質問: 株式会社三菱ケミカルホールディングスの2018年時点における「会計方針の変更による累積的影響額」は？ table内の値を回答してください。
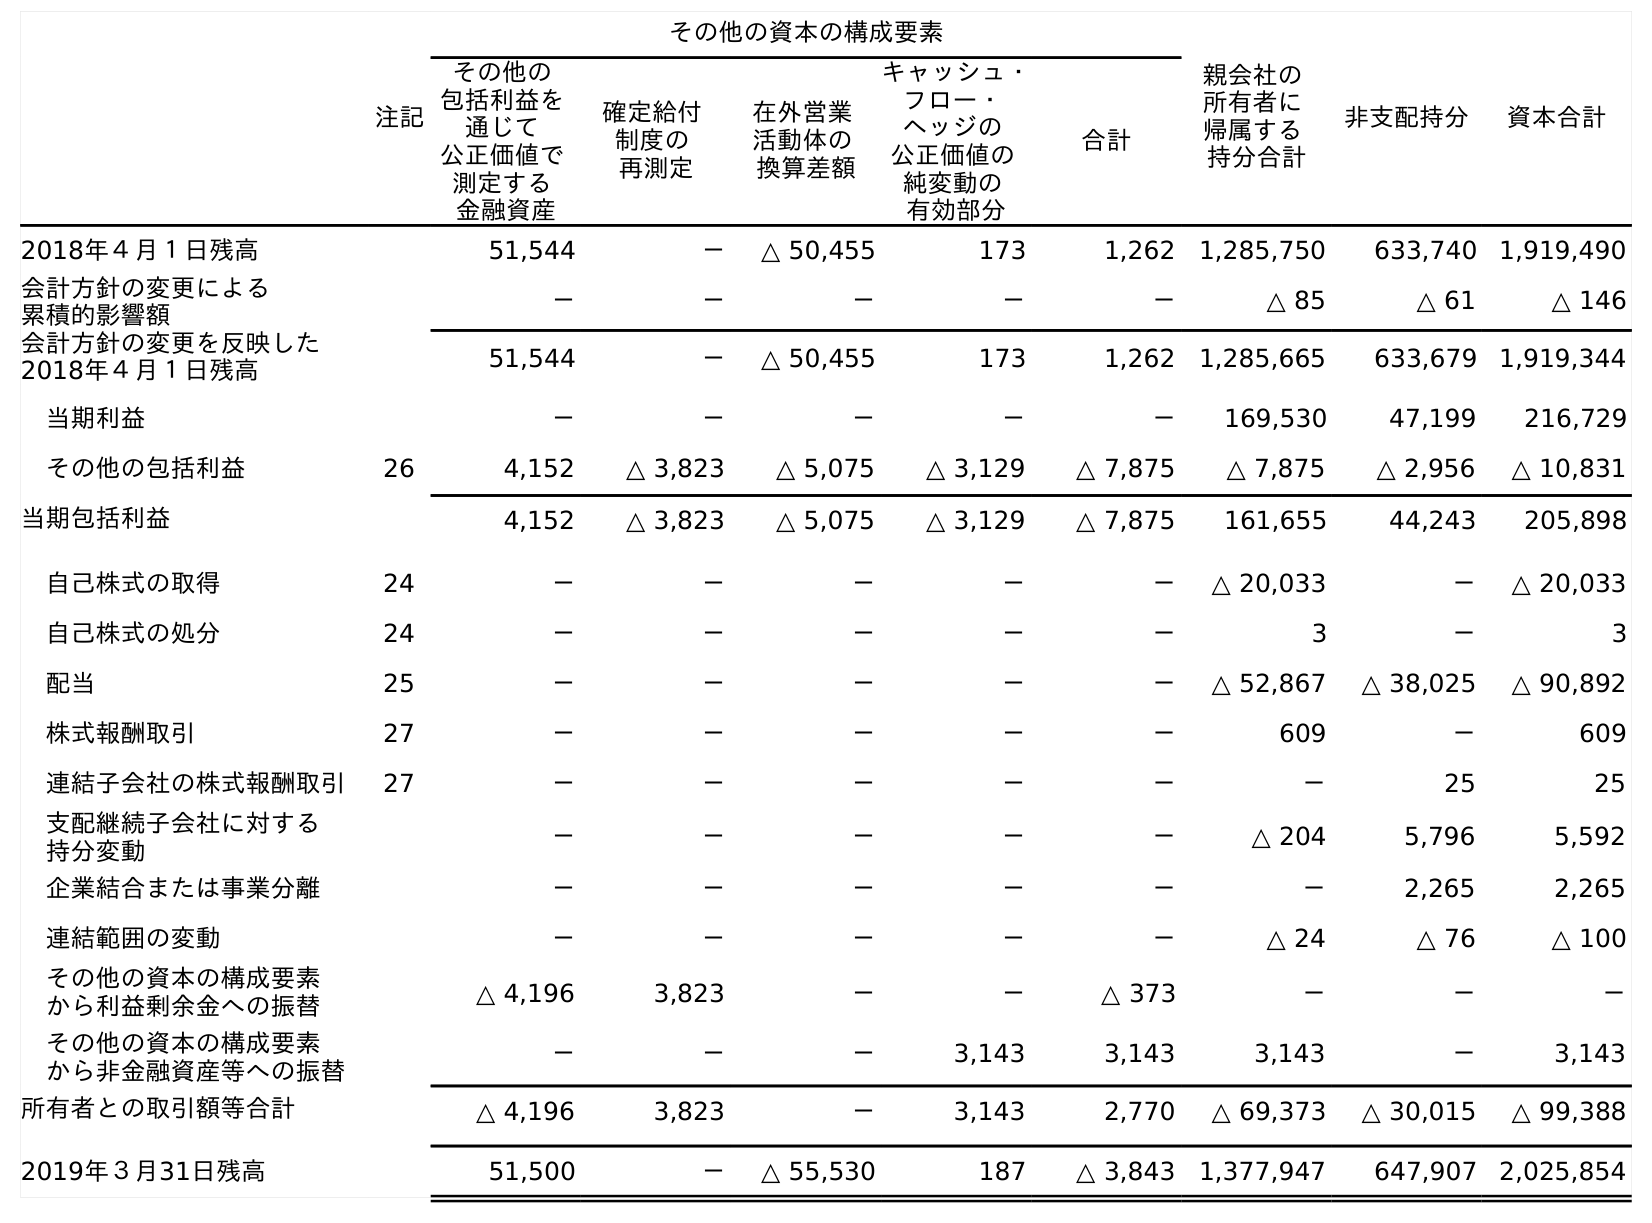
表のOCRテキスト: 注記 その他の資本の構成要素 親会社の 所有者に 帰属する 持分合計 非支配持分 資本合計 その他の 包括利益を 通じて 公正価値で 測定する 金融資産 確定給付 制度の 再測定 在外営業 活動体の 換算差額 キャッシュ・ フロー・ ヘッジの 公正価値の 純変動の 有効部分 合計 2018年４月１日残高 51,544 － △ 50,455 173 1,262 1,285,750 633,740 1,919,490 会計方針の変更による 累積的影響額 － － － － － △ 85 △ 61 △ 146 会計方針の変更を反映した 2018年４月１日残高 51,544 － △ 50,455 173 1,262 1,285,665 633,679 1,919,344 当期利益 － － － － － 169,530 47,199 216,729 その他の包括利益 26 4,152 △ 3,823 △ 5,075 △ 3,129 △ 7,875 △ 7,875 △ 2,956 △ 10,831 当期包括利益 4,152 △ 3,823 △ 5,075 △ 3,129 △ 7,875 161,655 44,243 205,898 自己株式の取得 24 － － － － － △ 20,033 － △ 20,033 自己株式の処分 24 － － － － － 3 － 3 配当 25 － － － － － △ 52,867 △ 38,025 △ 90,892 株式報酬取引 27 － － － － － 609 － 609 連結子会社の株式報酬取引 27 － － － － － － 25 25 支配継続子会社に対する 持分変動 － － － － － △ 204 5,796 5,592 企業結合または事業分離 － － － － － － 2,265 2,265 連結範囲の変動 － － － － － △ 24 △ 76 △ 100 その他の資本の構成要素 から利益剰余金への振替 △ 4,196 3,823 － － △ 373 － － － その他の資本の構成要素 から非金融資産等への振替 － － － 3,143 3,143 3,143 － 3,143 所有者との取引額等合計 △ 4,196 3,823 － 3,143 2,770 △ 69,373 △ 30,015 △ 99,388 2019年３月31日残高 51,500 － △ 55,530 187 △ 3,843 1,377,947 647,907 2,025,854
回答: △146